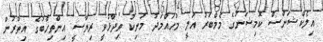
އިލެކްޝަންސް ކޮމިޝަނުގެ މެމްބަރު އަލީ މުހައްމަދު މަނިކު ވިދާޅުވީ ރިޔާސީ އިންތިހާބުގެ އިތުރުން